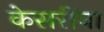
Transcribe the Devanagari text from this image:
केसरींना